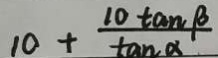
1 0 + \frac { 1 0 \tan \beta } { \tan \alpha }